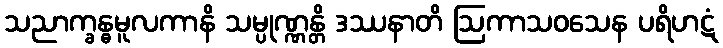
သညာက္ခန္ဓမူလကာနိ သမ္ပုဏ္ဏန္တိ ဒဿနာတိ ဩကာသဝသေန ပရိဟဋံ